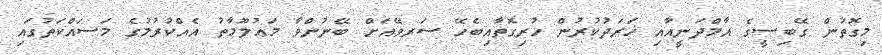
މިގޮތުން ގޭބިސީގެ އާމްދަނީއާއި ޚަރަދުކުރުން ހުރިގޮތާއިބެހޭ ސަރވޭއަށް ބޭނުންވާ މަޢުލޫމާތު އެއްކުރުމުގެ މަސައްކަތުގައި